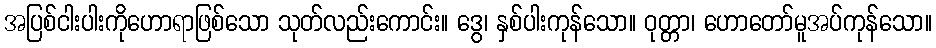
အပြစ်ငါးပါးကိုဟောရာဖြစ်သော သုတ်လည်းကောင်း။ ဒွေ၊ နှစ်ပါးကုန်သော။ ဝုတ္တာ၊ ဟောတော်မူအပ်ကုန်သော။